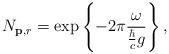
LaTeX: \begin{align*}N_{{\bf p},r}=\exp\left\{-2\pi\frac{\omega}{\frac{\hbar}{c}g}\right\},\end{align*}